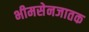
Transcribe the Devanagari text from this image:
भीमसेनजातक